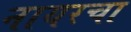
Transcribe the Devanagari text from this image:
नायरचा